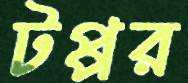
টপ্পর